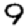
Digit: 9